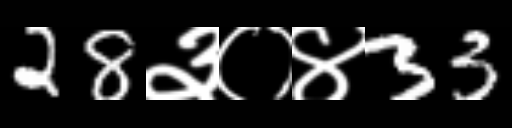
Text: 28३०४33